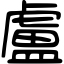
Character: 盧